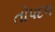
તોપદળ